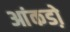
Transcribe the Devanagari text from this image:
आंकडो़